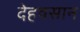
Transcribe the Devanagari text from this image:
देहवसान